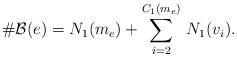
LaTeX: \begin{align*}\#\mathcal{B}(e)=N_1(m_e)+\sum_{i=2}^{C_1(m_e)}\,N_1(v_i).\end{align*}